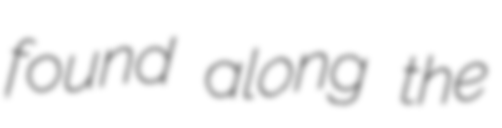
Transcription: found along the